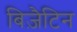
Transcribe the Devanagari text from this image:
बिज़ैटिन